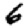
Digit: 6